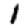
Digit: 1